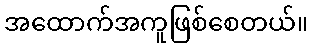
အထောက်အကူဖြစ်စေတယ်။